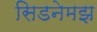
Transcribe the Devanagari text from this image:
सिडनेमझ